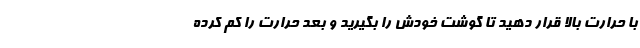
با حرارت بالا قرار دهید تا گوشت خودش را بگیرید و بعد حرارت را کم کرده